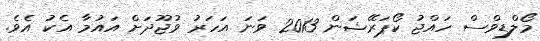
މޯލްޑިވްސް ހައްޖު ކޯޕަރޭޝަން 2013 ވަނަ އަހަރު ވުޖޫދަށް އައުމާ އެކު އެވެ.